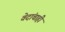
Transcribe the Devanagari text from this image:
वेदांचाही